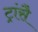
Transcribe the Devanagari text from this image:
ट्रांसै